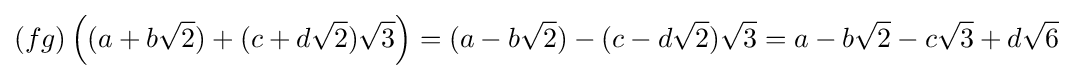
(fg)\left((a+b{\sqrt {2}})+(c+d{\sqrt {2}}){\sqrt {3}}\right)=(a-b{\sqrt {2}})-(c-d{\sqrt {2}}){\sqrt {3}}=a-b{\sqrt {2}}-c{\sqrt {3}}+d{\sqrt {6}}